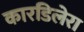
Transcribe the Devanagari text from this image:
कारडिलेरा